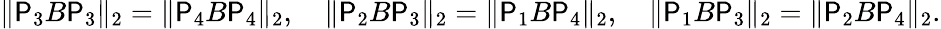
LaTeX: \| \mathsf{P}_{3}B\mathsf{P}_{3}\| _{2}=\| \mathsf{P}_{4}B\mathsf{P}_{4}\| _{2},\quad\| \mathsf{P}_{2}B\mathsf{P}_{3}\| _{2}=\| \mathsf{P}_{1}B\mathsf{P}_{4}\| _{2},\quad\| \mathsf{P}_{1}B\mathsf{P}_{3}\| _{2}=\| \mathsf{P}_{2}B\mathsf{P}_{4}\| _{2}.